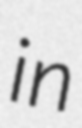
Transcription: in